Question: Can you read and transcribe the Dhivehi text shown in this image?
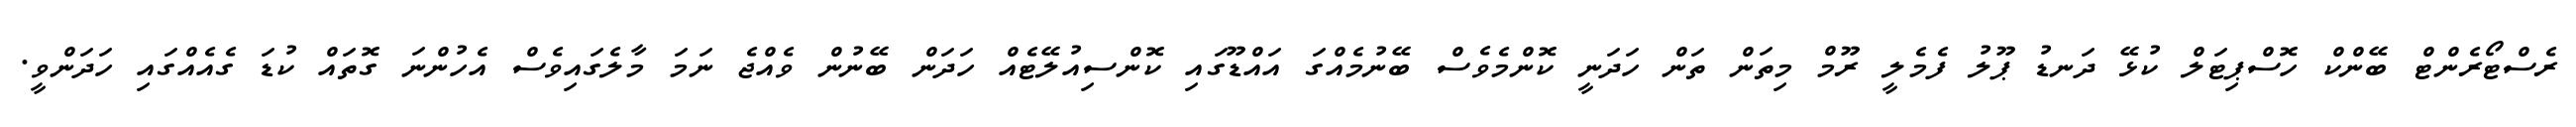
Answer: ރެސްޓޯރެންޓް ބޭންކް ހޮސްޕިޓަލް ކުޅޭ ދަނޑު ޕޫލު ފެމެލީ ރޫމް މިތަން ތަން ހަދަނީ ކޮންމެވެސް ބޭނުމެއްގަ އައްޑޫގައި ކޮންސިއުލޭޓެއް ހަދަން ބޭނުން ވެއްޖެ ނަމަ މާލެގައިވެސް އެހުންނަ ގޮތައް ކުޑަ ގެއެއްގައި ހަދަންވީ.